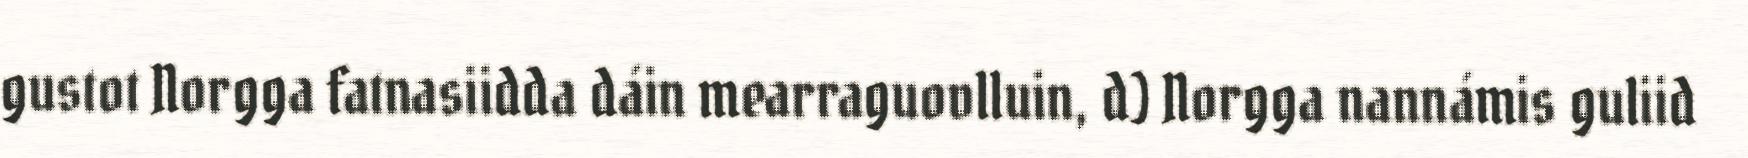
gustot Norgga fatnasiidda dáin mearraguovlluin, d) Norgga nannámis guliid